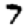
Digit: 7